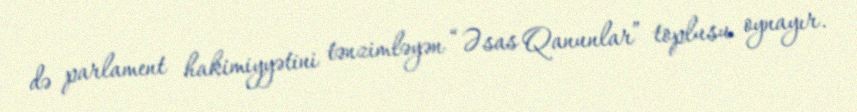
də parlament hakimiyyətini tənzimləyən “Əsas Qanunlar” toplusu oynayır.